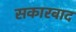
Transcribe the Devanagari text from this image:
सकारवाद